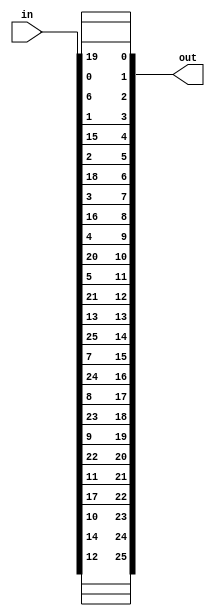

module reflector(
		input wire [25:0]in,
		output reg [25:0]out
	);
parameter TRANSLATION = "BDFHJLCPRTXVZNYEIWGAKMUSQO";

always @*
begin
	out[ ((TRANSLATION>>(25*8) )&8'hFF) - 8'h41 ]= in[0 ];
	out[ ((TRANSLATION>>(24*8) )&8'hFF) - 8'h41 ]= in[1 ];
	out[ ((TRANSLATION>>(23*8) )&8'hFF) - 8'h41 ]= in[2 ];
	out[ ((TRANSLATION>>(22*8) )&8'hFF) - 8'h41 ]= in[3 ];
	out[ ((TRANSLATION>>(21*8) )&8'hFF) - 8'h41 ]= in[4 ];
	out[ ((TRANSLATION>>(20*8) )&8'hFF) - 8'h41 ]= in[5 ];
	out[ ((TRANSLATION>>(19*8) )&8'hFF) - 8'h41 ]= in[6 ];
	out[ ((TRANSLATION>>(18*8) )&8'hFF) - 8'h41 ]= in[7 ];
	out[ ((TRANSLATION>>(17*8) )&8'hFF) - 8'h41 ]= in[8 ];
	out[ ((TRANSLATION>>(16*8) )&8'hFF) - 8'h41 ]= in[9 ];
	out[ ((TRANSLATION>>(15*8) )&8'hFF) - 8'h41 ]= in[10];
	out[ ((TRANSLATION>>(14*8) )&8'hFF) - 8'h41 ]= in[11];
	out[ ((TRANSLATION>>(13*8) )&8'hFF) - 8'h41 ]= in[12];
	out[ ((TRANSLATION>>(12*8) )&8'hFF) - 8'h41 ]= in[13];
	out[ ((TRANSLATION>>(11*8) )&8'hFF) - 8'h41 ]= in[14];
	out[ ((TRANSLATION>>(10*8) )&8'hFF) - 8'h41 ]= in[15];
	out[ ((TRANSLATION>>( 9*8) )&8'hFF) - 8'h41 ]= in[16];
	out[ ((TRANSLATION>>( 8*8) )&8'hFF) - 8'h41 ]= in[17];
	out[ ((TRANSLATION>>( 7*8) )&8'hFF) - 8'h41 ]= in[18];
	out[ ((TRANSLATION>>( 6*8) )&8'hFF) - 8'h41 ]= in[19];
	out[ ((TRANSLATION>>( 5*8) )&8'hFF) - 8'h41 ]= in[20];
	out[ ((TRANSLATION>>( 4*8) )&8'hFF) - 8'h41 ]= in[21];
	out[ ((TRANSLATION>>( 3*8) )&8'hFF) - 8'h41 ]= in[22];
	out[ ((TRANSLATION>>( 2*8) )&8'hFF) - 8'h41 ]= in[23];
	out[ ((TRANSLATION>>( 1*8) )&8'hFF) - 8'h41 ]= in[24];
	out[ ((TRANSLATION>>( 0*8) )&8'hFF) - 8'h41 ]= in[25];
end

endmodule